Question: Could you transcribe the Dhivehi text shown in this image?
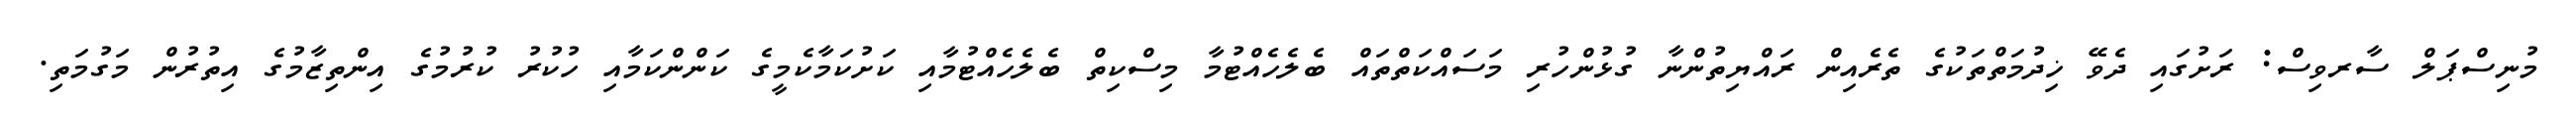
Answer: މުނިސްޕަލް ސާރވިސް: ރަށުގައި ދެވޭ ޚިދުމަތްތަކުގެ ތެރެއިން ރައްޔިތުންނާ ގުޅުންހުރި މަސައްކަތްތައް ބެލެހެއްޓުމާ މިސްކިތް ބެލެހެއްޓުމާއި ކަށުކަމާކެމީގެ ކަންންކަމާއި ހުކުރު ކުރުމުގެ އިންތިޒާމުގެ އިތުރުން މަގުމަތި.